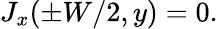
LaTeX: \begin{array}{r}{J_{x}(\pm W/2,y)=0.}\end{array}